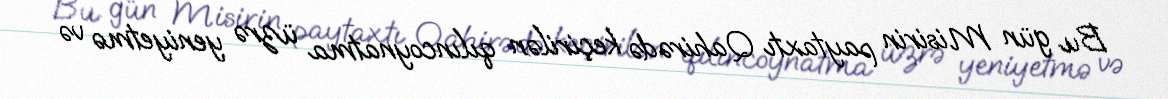
Bu gün Misirin paytaxtı Qahirədə keçirilən qılıncoynatma üzrə yeniyetmə və